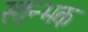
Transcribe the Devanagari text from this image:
स्तन्भक